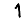
Digit: 1